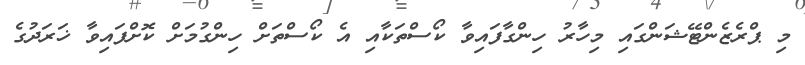
މި ޕްރެޒެންޓޭޝަންގައި މިހާރު ހިންގާފައިވާ ކޯސްތަކާއި އެ ކޯސްތަށް ހިންގުމަށް ކޮށްފައިވާ ޚަރަދުގެ